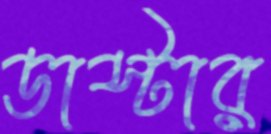
ডাস্টার